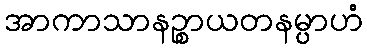
အာကာသာနဉ္စာယတနမ္ပာဟံ